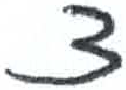
אות: צ